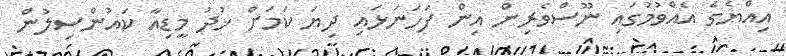
އިއްޔެގެ އެއްވުމުގައި ނޫސްވެރިން އިން ފަހަނަޅައި ދިޔަ ކަމަށް ޚުދު މީޑިއާ ކައުންސިލުން